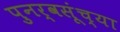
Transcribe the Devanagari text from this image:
पुनर्वसूंच्या